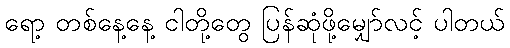
ရော့ တစ်နေ့နေ့ ငါတို့တွေ ပြန်ဆုံဖို့မျှော်လင့် ပါတယ်